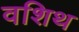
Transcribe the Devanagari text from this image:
वशिथ